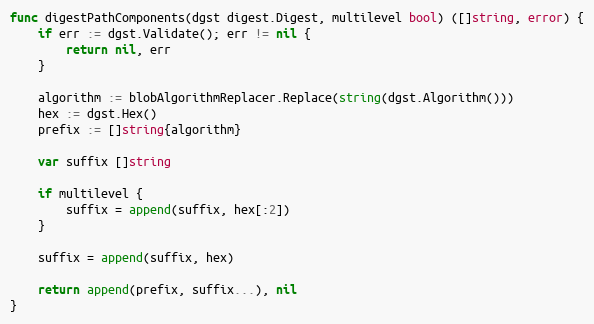
Language: Go
func digestPathComponents(dgst digest.Digest, multilevel bool) ([]string, error) {
	if err := dgst.Validate(); err != nil {
		return nil, err
	}

	algorithm := blobAlgorithmReplacer.Replace(string(dgst.Algorithm()))
	hex := dgst.Hex()
	prefix := []string{algorithm}

	var suffix []string

	if multilevel {
		suffix = append(suffix, hex[:2])
	}

	suffix = append(suffix, hex)

	return append(prefix, suffix...), nil
}